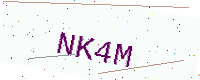
Text: NK4M